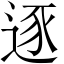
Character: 逐